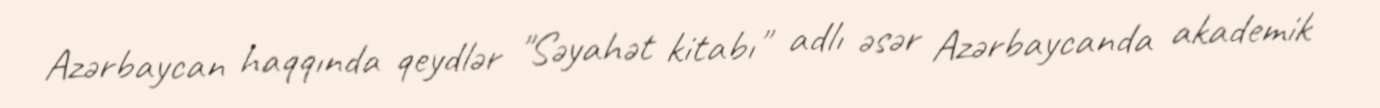
Azərbaycan haqqında qeydlər "Səyahət kitabı" adlı əsər Azərbaycanda akademik